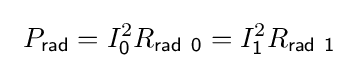
\ P_{\mathsf {rad}}=I_{\mathsf {0}}^{2}R_{\mathsf {rad\ 0}}=I_{\mathsf {1}}^{2}R_{\mathsf {rad\ 1}}\